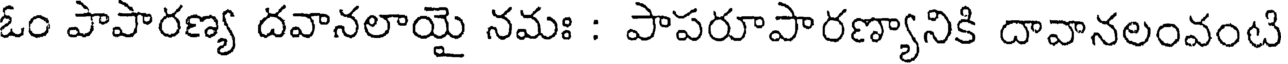
ఓం పాపారణ్య దవానలాయై నమః : పాపరూపారణ్యానికి దావానలంవంటి